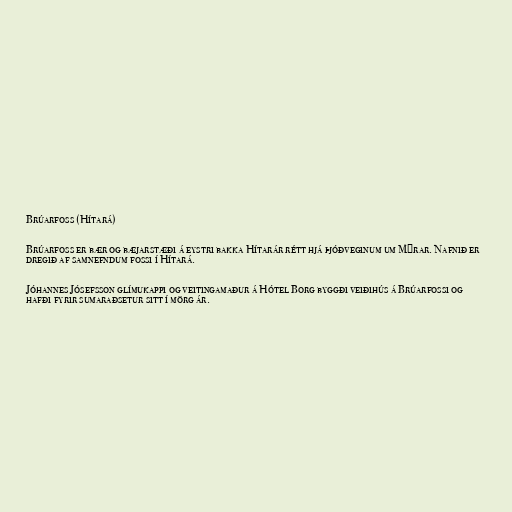
Brúarfoss (Hítará)

Brúarfoss er bær og bæjarstæði á eystri bakka Hítarár rétt hjá þjóðveginum um Mýrar. Nafnið er
dregið af samnefndum fossi í Hítará.

Jóhannes Jósefsson glímukappi og veitingamaður á Hótel Borg byggði veiðihús á Brúarfossi og
hafði fyrir sumaraðsetur sitt í mörg ár.